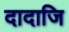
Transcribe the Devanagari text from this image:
दादाजि